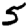
Digit: 5